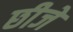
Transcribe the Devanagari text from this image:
छीजे